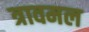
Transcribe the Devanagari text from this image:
त्रावमल